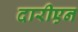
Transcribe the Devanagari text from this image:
दारीएन